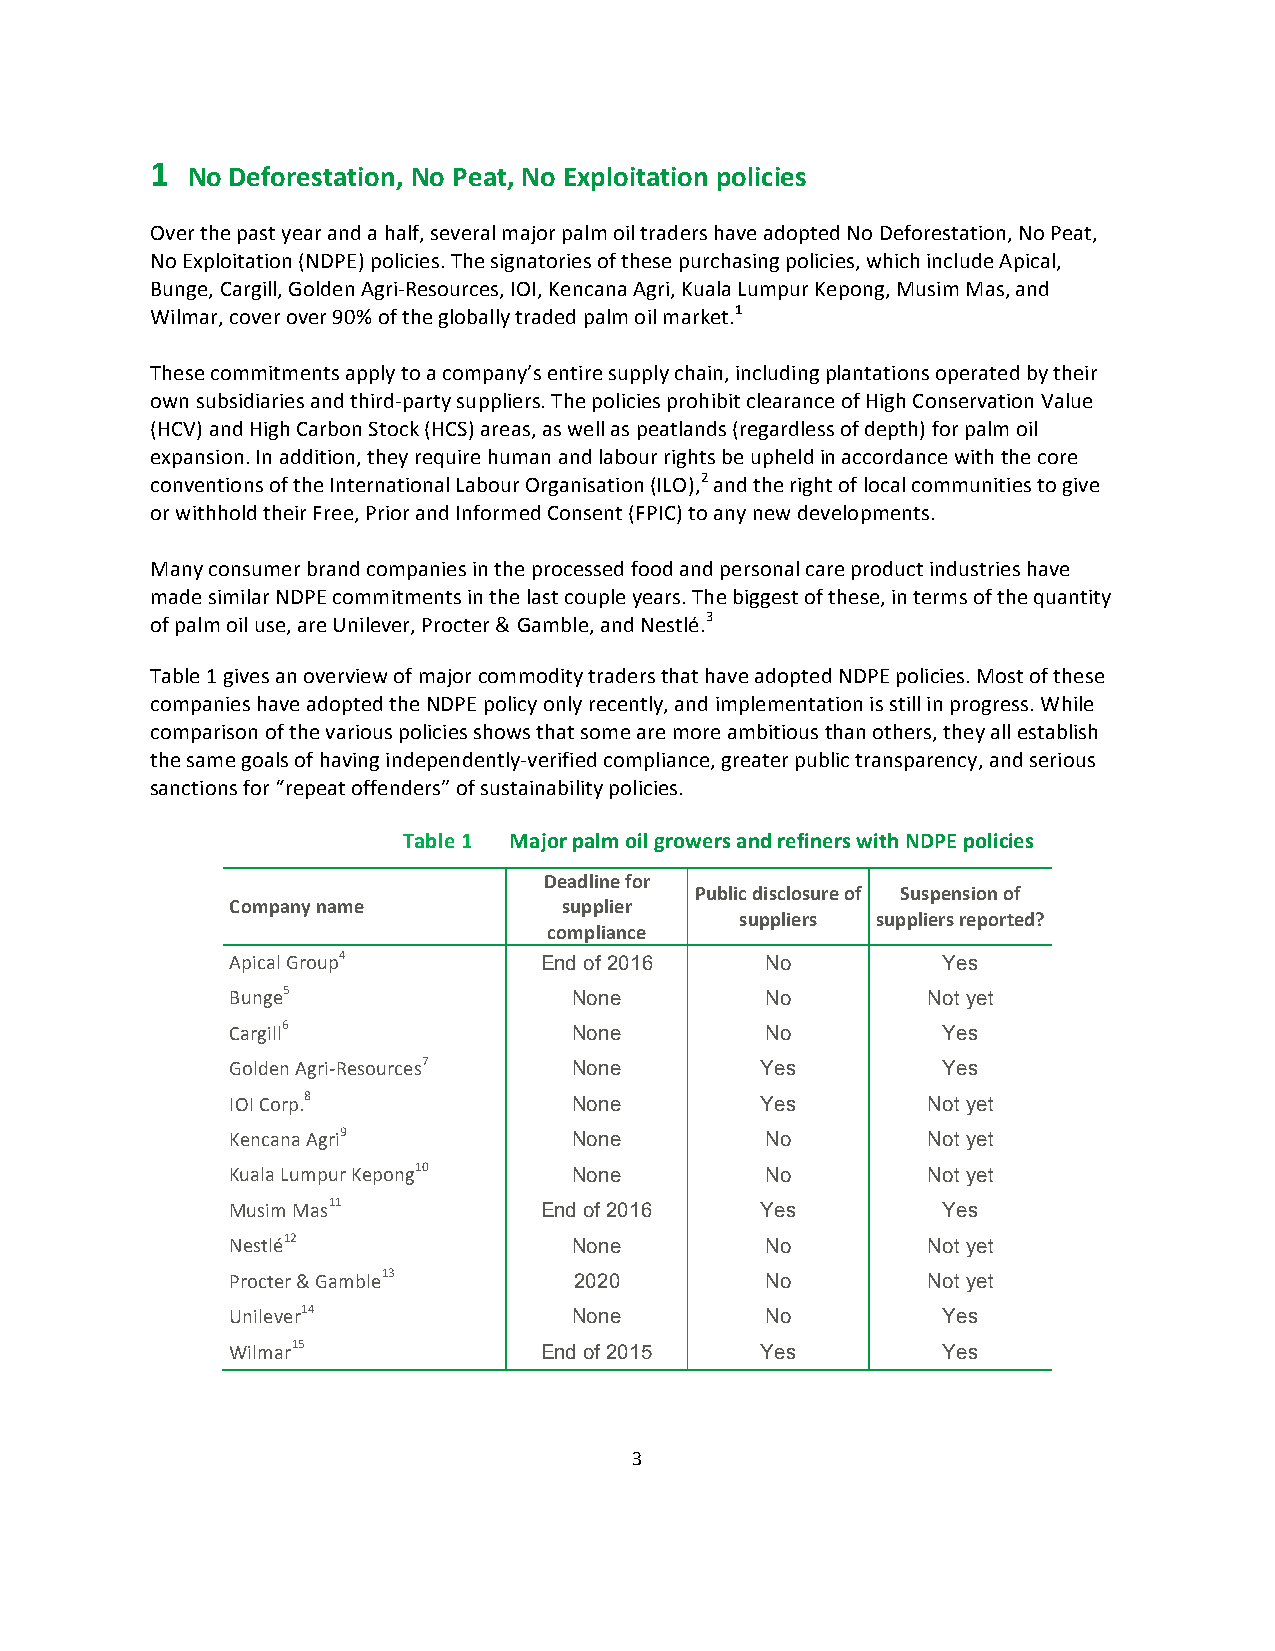
1 No Deforestation, No Peat, No Exploitation policies
 Over the past year and a half, several major palm oil traders have adopted No Deforestation, No Peat,
 No Exploitation (NDPE) policies. The signatories of these purchasing policies, which include Apical,
 Bunge, Cargill, Golden Agri-­‐Resources, IOI, Kencana Agri, Kuala Lumpur Kepong, Musim Mas, and
 Wilmar, cover over 90% of the globally traded palm oil market.1
 These commitments apply to a company’s entire supply chain, including plantations operated by their
 own subsidiaries and third-­‐party suppliers. The policies prohibit clearance of High Conservation Value
 (HCV) and High Carbon Stock (HCS) areas, as well as peatlands (regardless of depth) for palm oil
 expansion. In addition, they require human and labour rights be upheld in accordance with the core
 conventions of the International Labour Organisation (ILO),2 and the right of local communities to give
 or withhold their Free, Prior and Informed Consent (FPIC) to any new developments.
 Many consumer brand companies in the processed food and personal care product industries have
 made similar NDPE commitments in the last couple years. The biggest of these, in terms of the quantity
 of palm oil use, are Unilever, Procter & Gamble, and Nestlé.3
 Table 1 gives an overview of major commodity traders that have adopted NDPE policies. Most of these
 companies have adopted the NDPE policy only recently, and implementation is still in progress. While
 comparison of the various policies shows that some are more ambitious than others, they all establish
 the same goals of having independently-­‐verified compliance, greater public transparency, and serious
 sanctions for “repeat offenders” of sustainability policies.
 Table 1 Major palm oil growers and refiners with NDPE policies
 Deadline for
 Public disclosure of Suspension of
 Company name          supplier
 suppliers suppliers reported?
 compliance
 Apical Group4        End of 2016    No         Yes
 Bunge5                 None         No        Not yet
 Cargill6               None         No         Yes
 Golden Agri-­‐Resources7 None      Yes         Yes
 IOI Corp.8             None        Yes        Not yet
 Kencana Agri9          None         No        Not yet
 Kuala Lumpur Kepong10  None         No        Not yet
 Musim Mas11          End of 2016   Yes         Yes
 Nestlé12               None         No        Not yet
 Procter & Gamble13     2020         No        Not yet
 Unilever14             None         No         Yes
 Wilmar15             End of 2015   Yes         Yes
 3